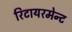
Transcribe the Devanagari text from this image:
रिटायरमेन्ट